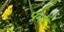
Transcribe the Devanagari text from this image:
पूमा